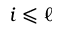
i \leqslant \ell